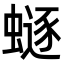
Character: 𧏿